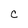
Character: c